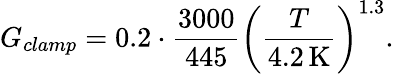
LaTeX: G_{clamp}=0.2\cdot\frac{3000}{445}\left(\frac{T}{4.2\, \mathrm{K}}\right)^{1.3}.